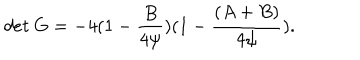
LaTeX: d e t \ G = - 4 ( 1 - { \frac { B } { 4 \psi } } ) ( 1 - { \frac { ( A + B ) } { 4 \psi } } ) .